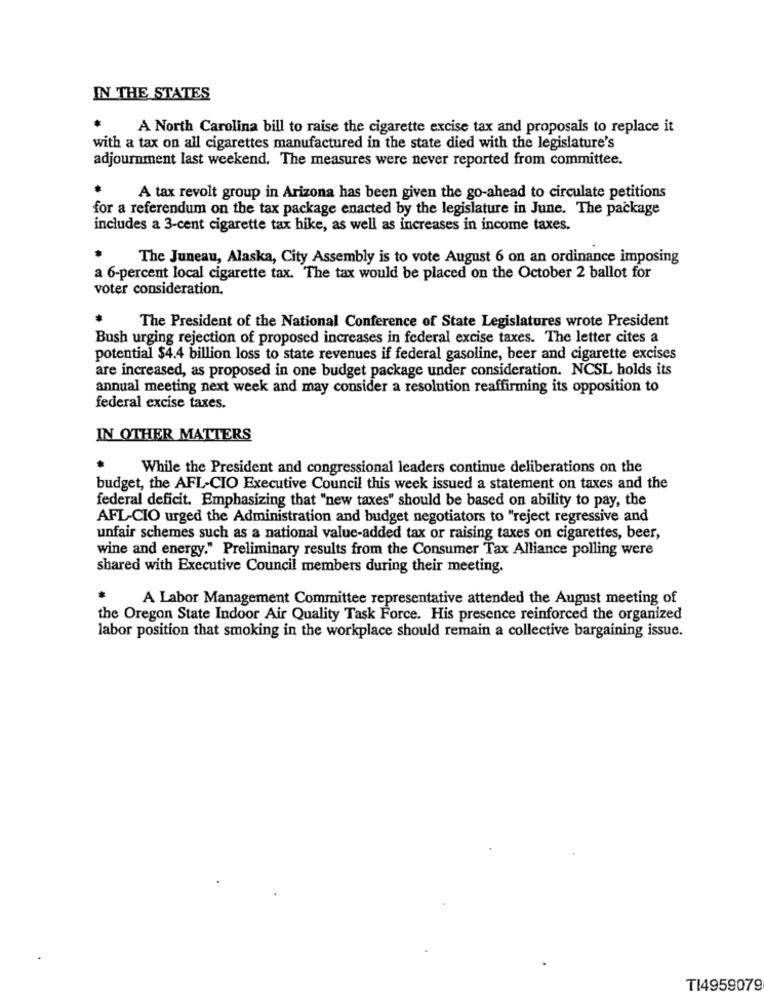
IN THE STATES
A North Carolina bill to raise the cigarette excise tax and proposals to replace it
with a tax on all cigarettes manufactured in the state died with the legislature's
adjournment last weekend. The measures were never reported from committee.
A tax revolt group in Arizona has been given the go-ahead to circulate petitions
for a referendum on the tax package enacted by the legislature in June. The package
includes a 3-cent cigarette tax hike, as well as increases in income taxes.
The Juneau, Alaska, City Assembly is to vote August 6 on an ordinance imposing
a 6-percent local cigarette tax. The tax would be placed on the October 2 ballot for
voter consideration.
The President of the National Conference of State Legislatures wrote President
Bush urging rejection of proposed increases in federal excise taxes. The letter cites a
potential $4.4 billion loss to state revenues if federal gasoline, beer and cigarette excises
are increased, as proposed in one budget package under consideration. NCSL holds its
annual meeting next week and may consider a resolution reaffirming its opposition to
federal excise taxes.
IN OTHER MATTERS
While the President and congressional leaders continue deliberations on the
budget, the AFL-CIO Executive Council this week issued a statement on taxes and the
federal deficit. Emphasizing that "new taxes" should be based on ability to pay, the
AFL-CIO urged the Administration and budget negotiators to "reject regressive and
unfair schemes such as a national value-added tax or raising taxes on cigarettes, beer,
wine and energy." Preliminary results from the Consumer Tax Alliance polling were
shared with Executive Council members during their meeting.
A Labor Management Committee representative attended the August meeting of
the Oregon State Indoor Air Quality Task Force. His presence reinforced the organized
labor position that smoking in the workplace should remain a collective bargaining issue.
TI4959079